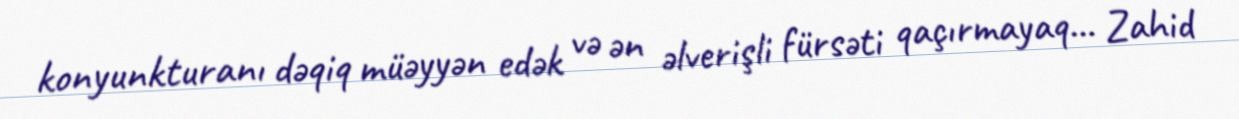
konyunkturanı dəqiq müəyyən edək və ən əlverişli fürsəti qaçırmayaq... Zahid